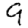
Digit: 9